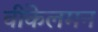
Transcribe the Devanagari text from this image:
वींकेलमन